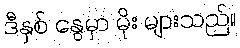
ဒီနှစ် နွေမှာ မိုး များသည်။